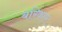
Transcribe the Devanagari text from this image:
बरिकार